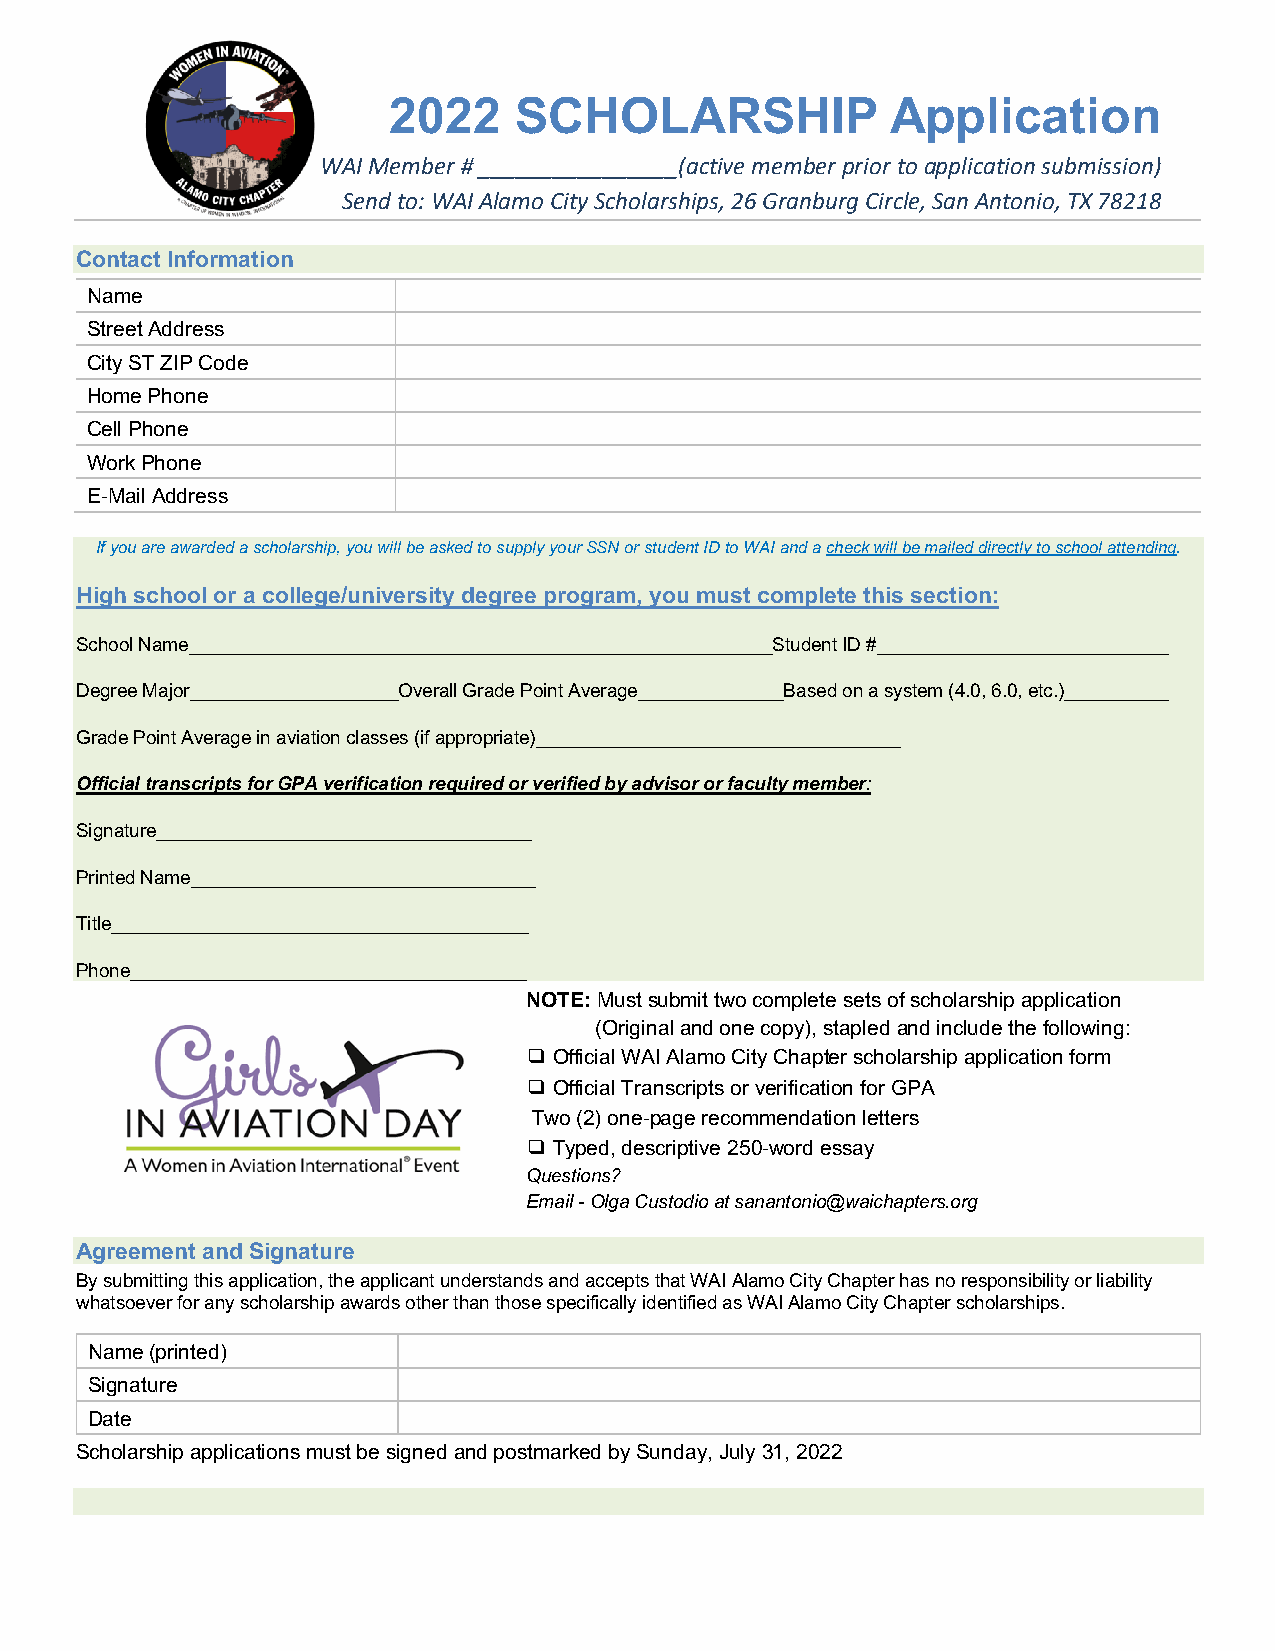
2022    SCHOLARSHIP              Application
 WAI Member # ________________(active member prior to application submission)
 Send to: WAI Alamo City Scholarships, 26 Granburg Circle, San Antonio, TX 78218
 Contact Information
 Name
 Street Address
 City ST ZIP Code
 Home Phone
 Cell Phone
 Work Phone
 E-Mail Address
 If you are awarded a scholarship, you will be asked to supply your SSN or student ID to WAI and a check will be mailed directly to school attending.
 High school or a college/university degree program, you must complete this section:
 School Name________________________________________________________Student ID #____________________________
 Degree Major____________________Overall Grade Point Average______________Based on a system (4.0, 6.0, etc.)__________
 Grade Point Average in aviation classes (if appropriate)___________________________________
 Official transcripts for GPA verification required or verified by advisor or faculty member:
 Signature____________________________________
 Printed Name_________________________________
 Title________________________________________
 Phone______________________________________
 NOTE: Must submit two complete sets of scholarship application
 (Original and one copy), stapled and include the following:
 ❑ Official WAI Alamo City Chapter scholarship application form
 ❑ Official Transcripts or verification for GPA
 Two (2) one-page recommendation letters
 ❑ Typed, descriptive 250-word essay
 Questions?
 Email - Olga Custodio at sanantonio@waichapters.org
 Agreement and Signature
 By submitting this application, the applicant understands and accepts that WAI Alamo City Chapter has no responsibility or liability
 whatsoever for any scholarship awards other than those specifically identified as WAI Alamo City Chapter scholarships.
 Name (printed)
 Signature
 Date
 Scholarship applications must be signed and postmarked by Sunday, July 31, 2022